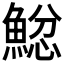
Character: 𩸂